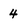
Character: 4